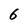
Character: 6